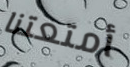
أمتعتنا